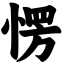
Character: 愣